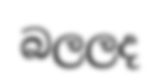
බලලද